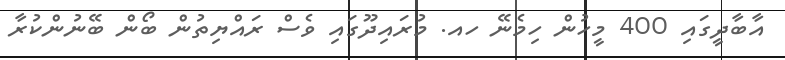
އާބާދީގައި 400 މީހުން ހިމެނޭ ހއ. މުރައިދޫގައި ވެސް ރައްޔިތުން ބޯން ބޭނުންކުރާ